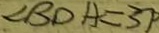
\angle B D A = 3 7